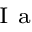
_ \mathrm { ~ I ~ a ~ }